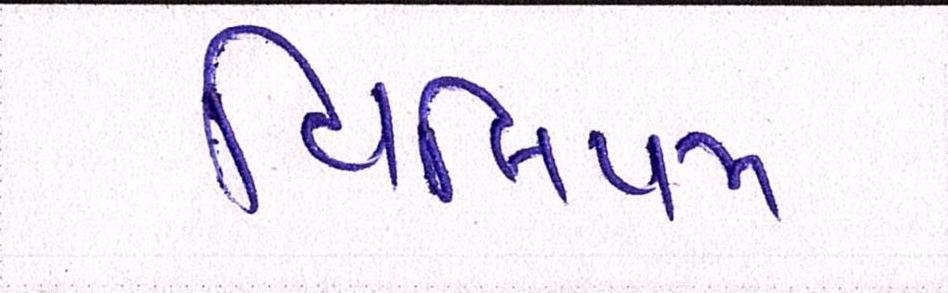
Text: વિલિયમ